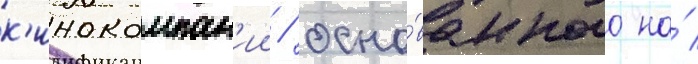
к'инокомпан'ии / осно́ванного на́